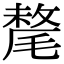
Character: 氂